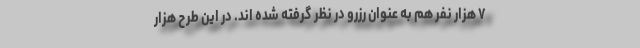
۷ هزار نفر هم به عنوان رزرو در نظر گرفته شده اند. در این طرح هزار